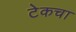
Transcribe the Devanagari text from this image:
टेकचा